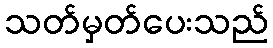
သတ်မှတ်ပေးသည်